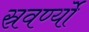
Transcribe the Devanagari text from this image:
स्रवर्ण्यो